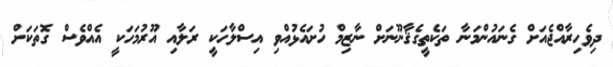
ދިވެހިރާއްޖެއަށް ގެނައުންމަނާ ތަކެތީގެޤާނޫނަށް ނާޒިމް ހުށައެޅުއްވި އިސްލާހަކީ ރަލާއި އޫރުމަހަކީ އެއްވެސް ގޮތަކަށް